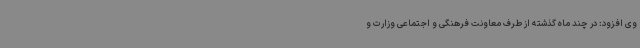
وی افزود: در چند ماه گذشته از طرف معاونت فرهنگی و اجتماعی وزارت و